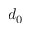
d _ { 0 }